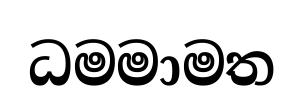
ධමමාමත